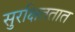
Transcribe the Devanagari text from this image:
सुरक्षिततात